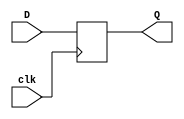
module dff(D, clk, Q);
input D, clk;
output  Q;
reg Q;

always @(posedge clk)
begin
    Q=D;
end
endmodule

module SISO(in, clk, out);
input in, clk;
output out;
wire [2:0] Q;

dff i1(in , clk, Q[0]);
dff i2(Q[0] , clk, Q[1]);
dff i3(Q[1] , clk, Q[2]);
dff i4(Q[2] , clk, out);

endmodule

module test;
reg in, clk;
wire out;

SISO i(in, clk, out);
always #5 clk =~clk;
initial
begin
    in=1'b0;clk=1'b0;
    $monitor("Time :%f, in:%b, clk:%b, out:%b",$time, in, clk, out);
    #10 in=1'b1;
    #10 in=1'b1;
    #10 in=1'b1;
    #10 in=1'b1;
    #80 $finish;
end
endmodule